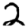
Digit: 2